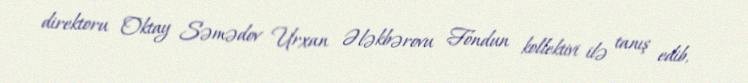
direktoru Oktay Səmədov Urxan Ələkbərovu Fondun kollektivi ilə tanış edib,